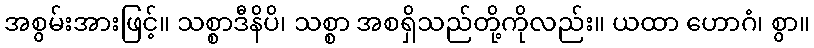
အစွမ်းအားဖြင့်။ သစ္စာဒီနိပိ၊ သစ္စာ အစရှိသည်တို့ကိုလည်း။ ယထာ ဟောဂံ၊ စွာ။